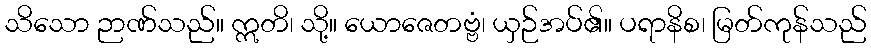
သိသော ဉာဏ်သည်။ ဣတိ၊ သို့။ ယောဇေတဗ္ဗံ၊ ယှဉ်အပ်၏။ ပရာနိစ၊ မြတ်ကုန်သည်